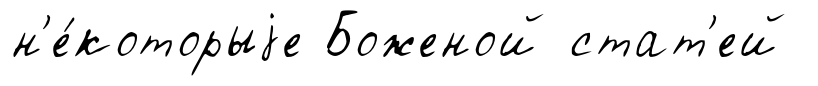
н'е́которыjе Боженой стат'ей